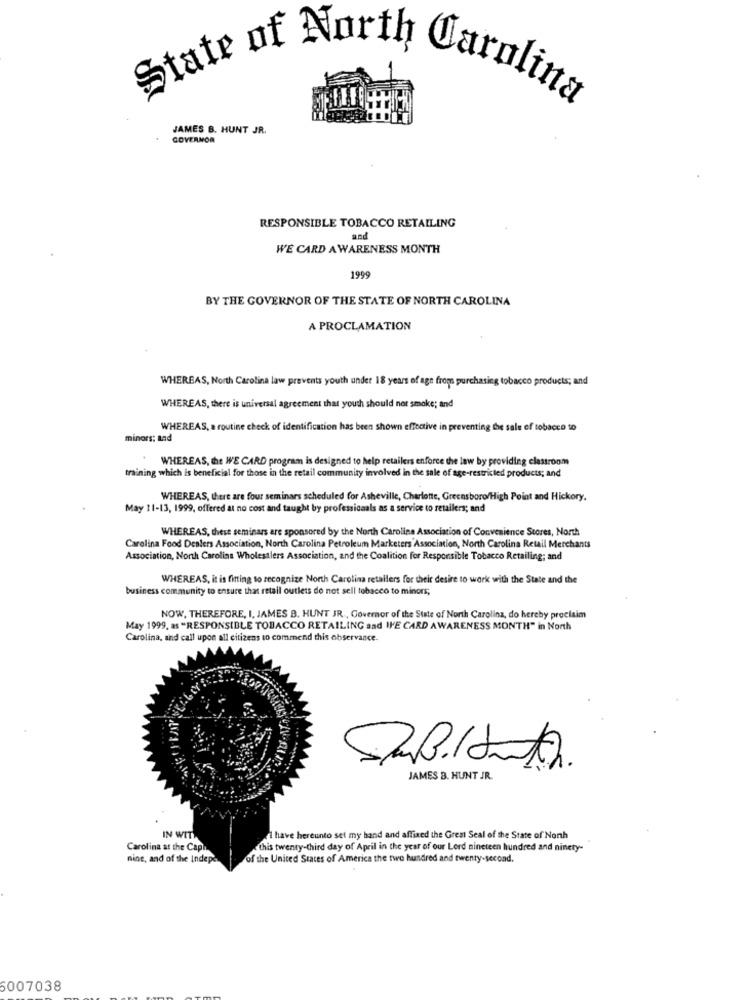
State of North Carolina
JAMES B. HUNT JR.
GOVERNOR
RESPONSIBLE TOBACCO RETAILING
and
WE CARD A WARENESS MONTH
1999
BY THE GOVERNOR OF THE STATE OF NORTH CAROLINA
A PROCLAMATION
WHEREAS, North Carolina law prevents youth under 18 years of age froms purchasing tobacco products; and
WHEREAS, there is universal agreement that youth should not smoke; and
WHEREAS, a routine check of identification has been shown effective in preventing the sale of tobacco to
minors: Bad
WHEREAS, the WE CARD program is designed to help retailers enforce the law by providing classroom
training which is beneficial for those in the retail community involved in the sale of age-restricted products; and
WHEREAS, there are four seminars scheduled for Asheville, Charlotte, Greensboro/High Point and Hickory.
May 11-13, 1999, offered at no cost and taught by professionals as a service to retailers; and
WHEREAS, chiese seminars are sponsored by the North Carolina Association of Convenience Stores, North
Carolina Food Dealers Association, North Carolina Petroleum Marketers Association, North Carolina Retail Merchants
Association, North Carolina Wholesalers Association, and the Coalition for Responsible Tobacco Retailing; and
WHEREAS, it is fitting to recognize North Carolina retailers for their desire to work with the State and the
business community to ensure that retail outlets do not sell tobacco to minors;
NOW, THEREFORE, I, JAMES B. HUNT JR ., Governor of the State of North Carolina, do hereby proclaim
May 1999, as "RESPONSIBLE TOBACCO RETAILING and WE CARD AWARENESS MONTH" in North
Carolina, and call upon all citizens to commend this observance.
JAMES B. HUNT JR.
IN WIT
have hereunto set my hand and affixed the Great Seal of the State of Nonh
Carolina at the Caph
this twenty-third day of April in the year of our Lord nineteen hundred and ninety-
nine, and of the Indepe
of the United States of America the two hundred and twenty-second.
6007038